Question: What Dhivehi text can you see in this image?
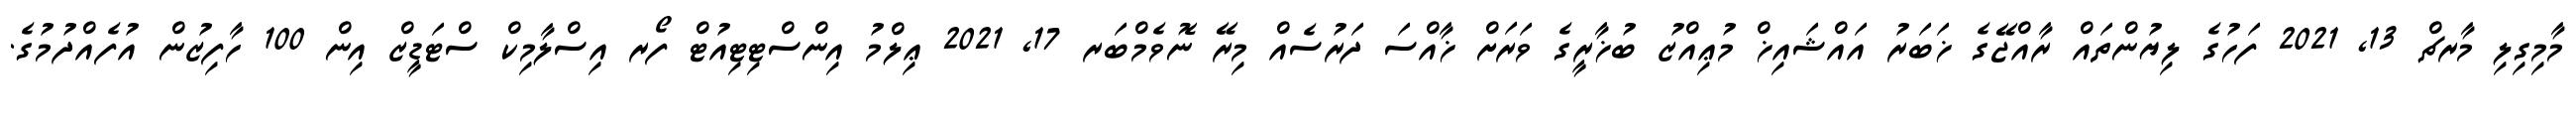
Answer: މާމިގިލި މާރޗް 13, 2021 ފަހުގެ ލިޔުންތައް ރާއްޖޭގެ ޚަބަރު އައްޝައިޚް މުޢިއްޒު ބުޚާރީގެ ވަރަށް ޚާއްސަ ދަރުސެއް މިރޭ ނޮވެމްބަރ 17, 2021 ޢިލްމު އިންސްޓިޓިއުޓް ފޯރ އިސްލާމިކް ސްޓަޑީޒް އިން 100 ހާފިޒުން އުފެއްދުމުގެ.